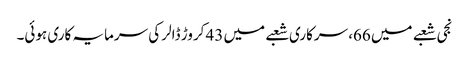
نجی شعبے میں 66، سرکاری شعبے میں 43 کروڑ ڈالر کی سرمایہ کاری ہوئی۔